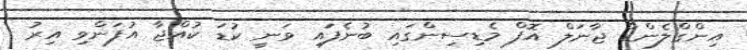
އިންގްލެންޑް ޖާނަލް އޮފް މެޑިސިންގައި ބުނެފައި ވަނީ ކުޑަ ކުއްޖާ އުފަންވި އިރު